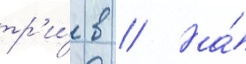
тр'и́ в // На́